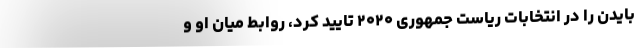
بایدن را در انتخابات ریاست جمهوری ۲۰۲۰ تایید کرد، روابط میان او و